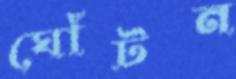
ঘোঁটন